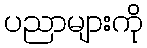
ပညာများကို